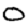
Digit: 0